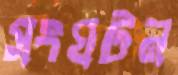
সংঘটন